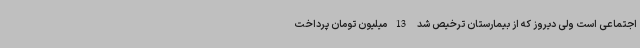
اجتماعی است ولی دیروز که از بیمارستان ترخیص شد 13میلیون تومان پرداخت